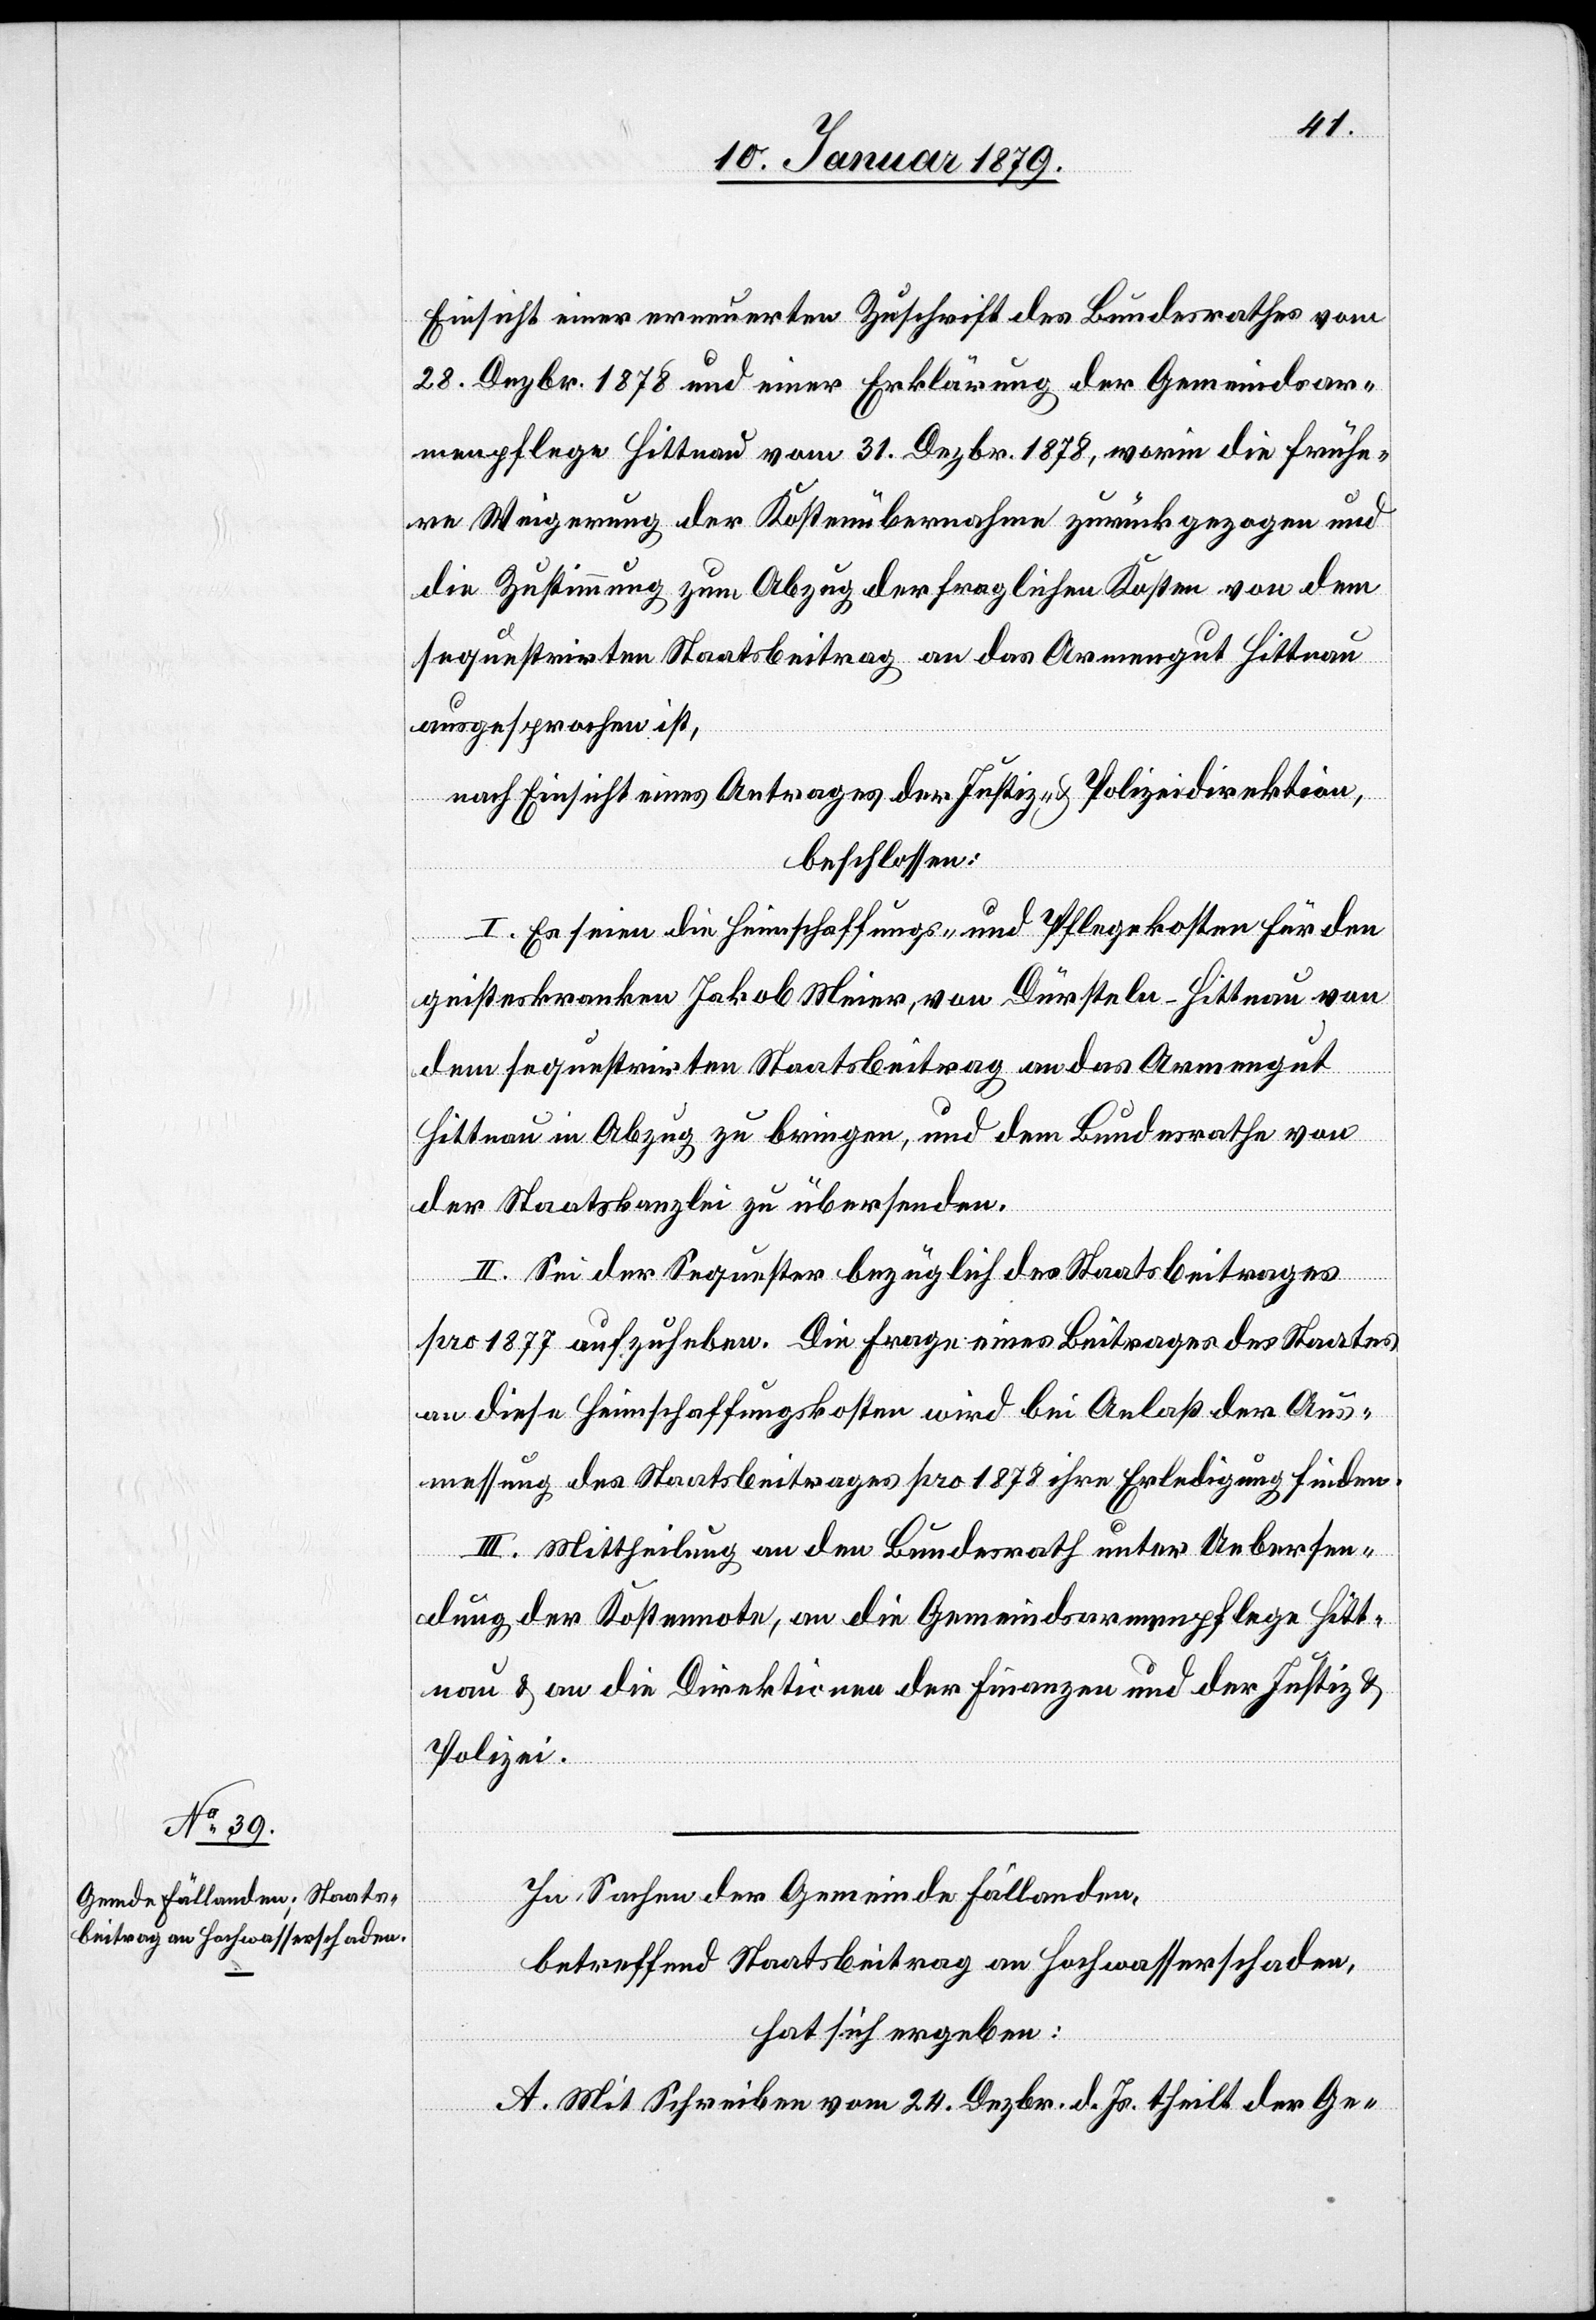
Einsicht einer erneuerten Zuschrift des Bundesrathes vom
28. Dezbr. 1878 und einer Erklärung der Gemeindsar¬
menpflege Hittnau vom 31. Dezbr. 1878, worin die frühe¬
re Weigerung der Kostenübernahme zurückgezogen und
die Zustimmung zum Abzug der fraglichen Kosten von dem
sequestrirten Staatsbeitrag an das Armengut Hittnau
ausgesprochen ist,
nach Einsicht eines Antrages der Justiz- & Polizeidirektion,
beschlossen:
I. Es seien die Heimschaffungs- und Pflegekosten für den
geisteskranken Jakob Meier, von Dürsteln-Hittnau von
dem sequestrirten Staatsbeitrag an das Armengut
Hittnau in Abzug zu bringen, und dem Bundesrathe von
der Staatskanzlei zu übersenden.
II. Sei der Sequester bezüglich des Staatsbeitrages
pro 1877 aufzuheben. Die Frage eines Beitrages des Staates
an diese Heimschaffungskosten wird bei Anlaß der Aus¬
messung des Staatsbeitrages pro 1878 ihre Erledigung finden.
III. Mittheilung an den Bundesrath unter Uebersen¬
dung der Kostennote, an die Gemeindsarmenpflege Hitt¬
nau & an die Direktionen der Finanzen und der Justiz &
Polizei.
In Sachen der Gemeinde Fällanden,
betreffend Staatsbeitrag an Hochwasserschaden,
hat sich ergeben:
A. Mit Schreiben vom 24. Dezbr. d. Js. theilt der Ge-